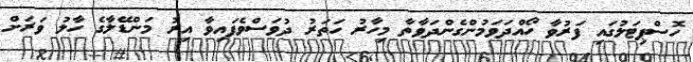
ހޮސްޕިޓަލުގައި ފަރުވާ ހޯއްދަވަމުންގެންދަވާތާ މިހާރު ހަތަރު ދުވަސްވެފައިވާ އިރު މަންޑޭލާގެ ހާލު ވަރަށް